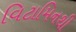
વિટામિનથી